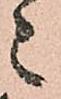
々